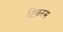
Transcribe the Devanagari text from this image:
टिकरम